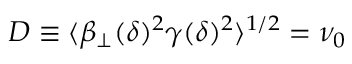
D \equiv \langle \beta _ { \perp } ( \delta ) ^ { 2 } \gamma ( \delta ) ^ { 2 } \rangle ^ { 1 / 2 } = \nu _ { 0 }